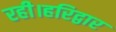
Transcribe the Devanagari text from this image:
रही।हरिद्वार